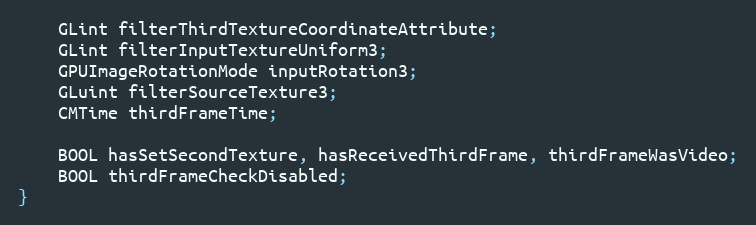
Language: C
    GLint filterThirdTextureCoordinateAttribute;
    GLint filterInputTextureUniform3;
    GPUImageRotationMode inputRotation3;
    GLuint filterSourceTexture3;
    CMTime thirdFrameTime;

    BOOL hasSetSecondTexture, hasReceivedThirdFrame, thirdFrameWasVideo;
    BOOL thirdFrameCheckDisabled;
}